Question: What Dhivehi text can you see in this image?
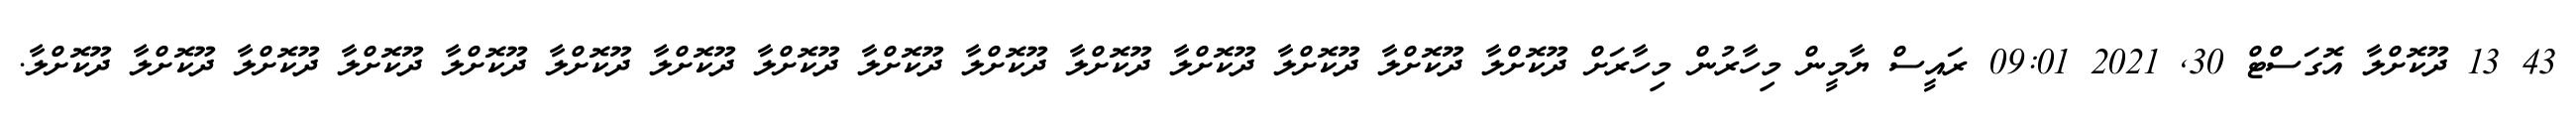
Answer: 43 13 ދޫކޮށްލާ އޮގަސްޓް 30, 2021 09:01 ރައީސް ޔާމީން މިހާރުން މިހާރަށް ދޫކޮށްލާ ދޫކޮށްލާ ދޫކޮށްލާ ދޫކޮށްލާ ދޫކޮށްލާ ދޫކޮށްލާ ދޫކޮށްލާ ދޫކޮށްލާ ދޫކޮށްލާ ދޫކޮށްލާ ދޫކޮށްލާ ދޫކޮށްލާ ދޫކޮށްލާ ދޫކޮށްލާ ދޫކޮށްލާ.